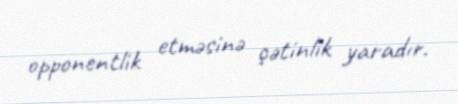
opponentlik etməsinə çətinlik yaradır.